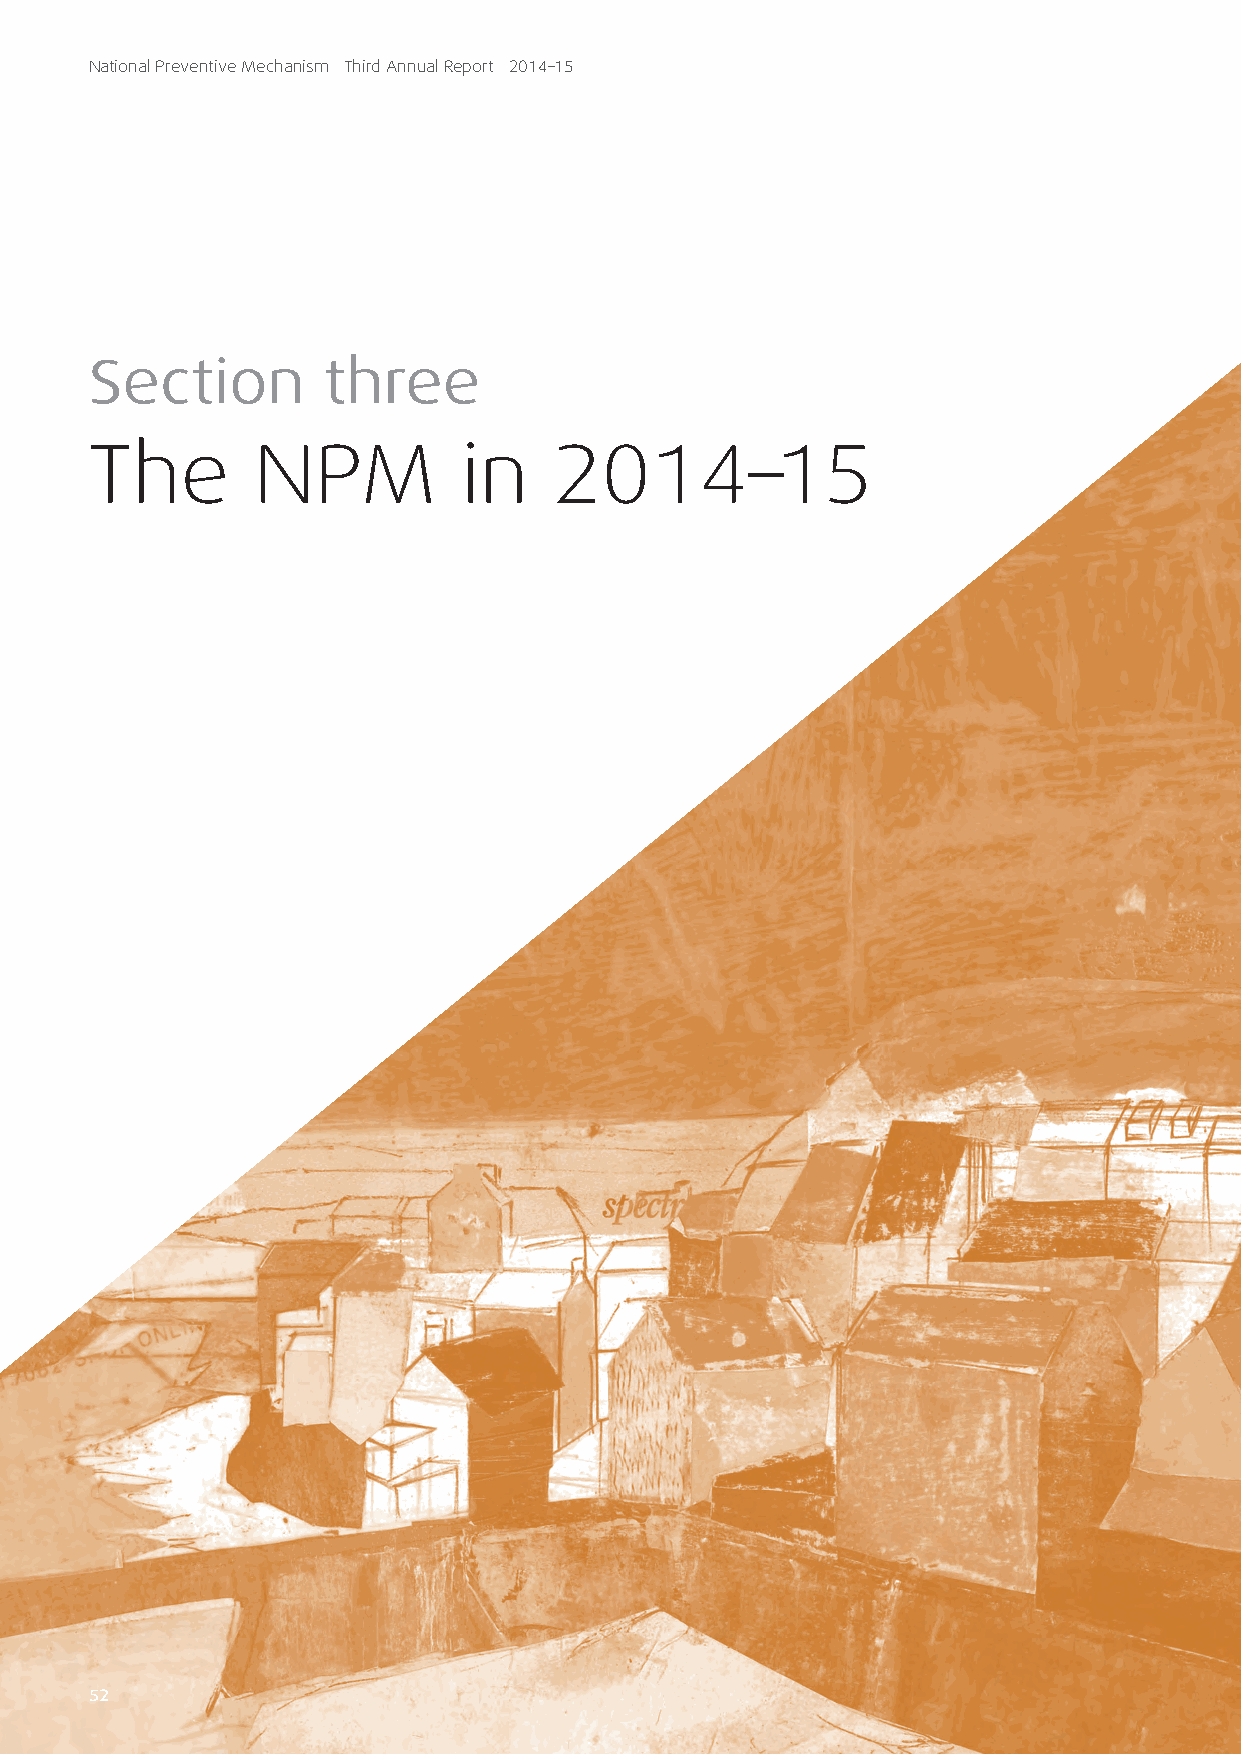
National Preventive Mechanism Third Annual Report 2014–15
 Section        three
 The        NPM           in    2014–15
 5522